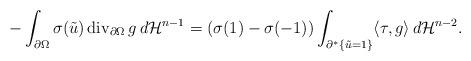
LaTeX: \begin{align*}-\int_{\partial\Omega}\sigma(\tilde u)\, {\rm div}_{\partial\Omega}\, g\, d\mathcal H^{n-1}=(\sigma(1)-\sigma(-1))\int_{\partial^*\{\tilde u=1\}} \langle \tau,g\rangle\, d\mathcal H^{n-2}.\end{align*}